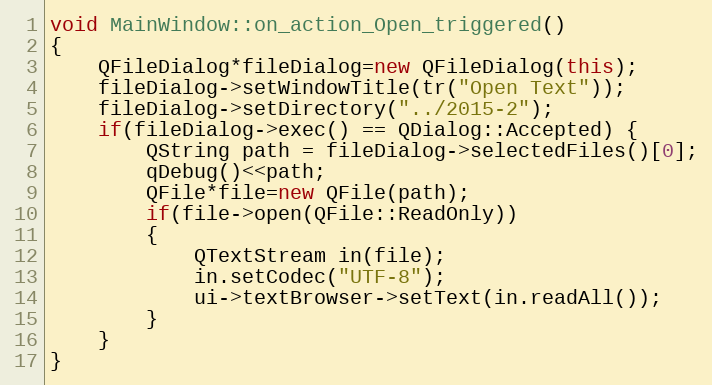
Language: C++
void MainWindow::on_action_Open_triggered()
{
    QFileDialog*fileDialog=new QFileDialog(this);
    fileDialog->setWindowTitle(tr("Open Text"));
    fileDialog->setDirectory("../2015-2");
    if(fileDialog->exec() == QDialog::Accepted) {
        QString path = fileDialog->selectedFiles()[0];
        qDebug()<<path;
        QFile*file=new QFile(path);
        if(file->open(QFile::ReadOnly))
        {
            QTextStream in(file);
            in.setCodec("UTF-8");
            ui->textBrowser->setText(in.readAll());
        }
    }
}